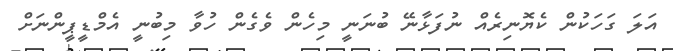
އަލަ ގަހަކުން ކެޔޮނިރެއް ނުފަޅާނޭ ބުނަނީ މިހެން ވެގެން ހުވާ މިބުނީ އެމްޑީޕީންނަށް